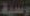
وسية